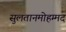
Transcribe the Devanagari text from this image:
सुलतानमोहम्मद